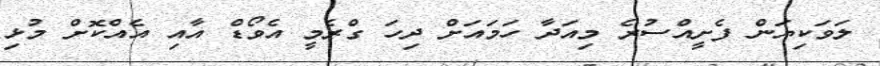
ލަވަކިޔަން ފެށީއްސުރެ މިއަދާ ހަމައަށް ދިހަ ގްރެމީ އެވޯޑް އާއި އެއްކޮށް މުޅި